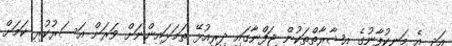
އަދި އެ މަނިކުފާނުގެ އިޝާރާތްތަކުން ޖަފްނާގައި ދިރިއުޅޭ ތަމަޅައިންނަށް ވަރަށް އަސަރުކުރި ކަމަށް